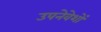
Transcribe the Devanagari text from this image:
उपनेवेशों